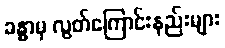
ခန္ဓာမှ လွတ်ကြောင်းနည်းများ